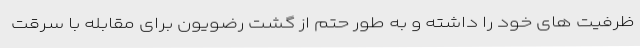
ظرفیت های خود را داشته و به طور حتم از گشت رضویون برای مقابله با سرقت